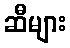
ဆီများ